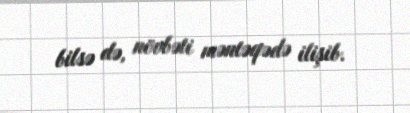
bilsə də, növbəti məntəqədə ilişib.